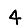
Digit: 4